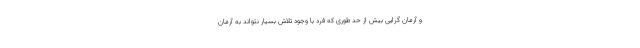
و آرمان گرایی بیش از حد طوری که فرد با وجود تلاش بسیار نتواند به آرمان